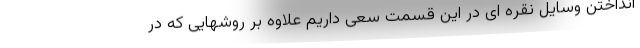
انداختن وسایل نقره ای در این قسمت سعی داریم علاوه بر روشهایی که در